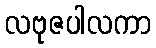
လဗုဇပါလကာ